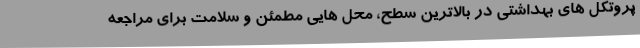
پروتکل های بهداشتی در بالاترین سطح، محل هایی مطمئن و سلامت برای مراجعه